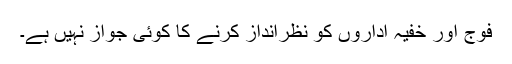
فوج اور خفیہ اداروں کو نظرانداز کرنے کا کوئی جواز نہیں ہے۔